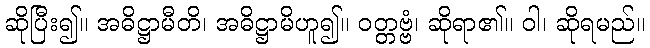
ဆိုပြီး၍။ အဓိဋ္ဌာမီတိ၊ အဓိဋ္ဌာမိဟူ၍။ ဝတ္တဗ္ဗံ၊ ဆိုရာ၏။ ဝါ၊ ဆိုရမည်။